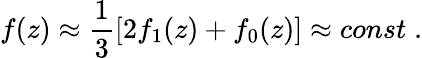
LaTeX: f(z)\approx\frac{1}{3}[2f_{1}(z)+f_{0}(z)]\approx const\; .